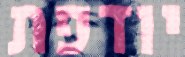
יודפת